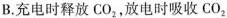
B.充电时释放CO_{2}，放电时吸收CO_{2}